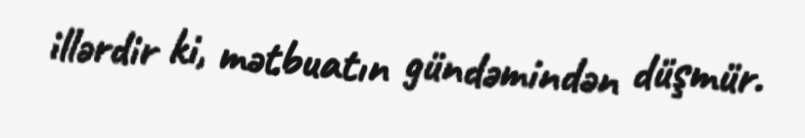
illərdir ki, mətbuatın gündəmindən düşmür.